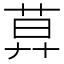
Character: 𦱤